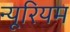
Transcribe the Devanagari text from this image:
न्यूरियम